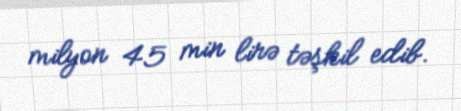
milyon 45 min lirə təşkil edib.